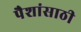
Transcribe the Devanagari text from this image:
पैशांसाठी